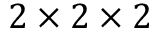
2 \times 2 \times 2